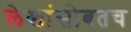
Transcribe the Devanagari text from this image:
लेखांसोबतच